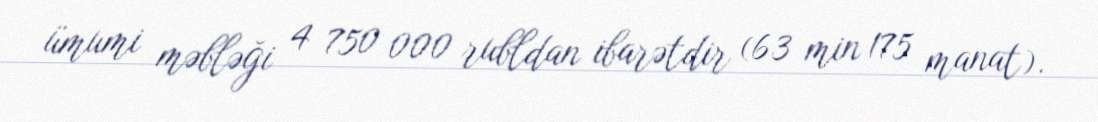
ümumi məbləği 4 750 000 rubldan ibarətdir (63 min 175 manat).